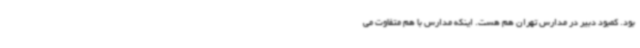
بود. کمبود دبیر در مدارس تهران هم هست. اینکه مدارس با هم متفاوت می